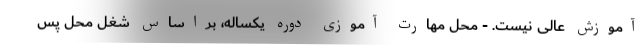
آموزش عالی نیست. - محل مهارت آموزی دوره یکساله، براساس شغل محل پس